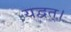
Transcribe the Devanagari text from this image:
यद्वत्।